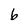
Character: b